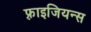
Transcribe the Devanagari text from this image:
फ़्राइजियन्स